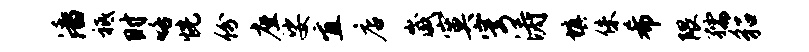
潘祗时咯恍份座娑宜店崴寞穹涛填侏希隈孺貂